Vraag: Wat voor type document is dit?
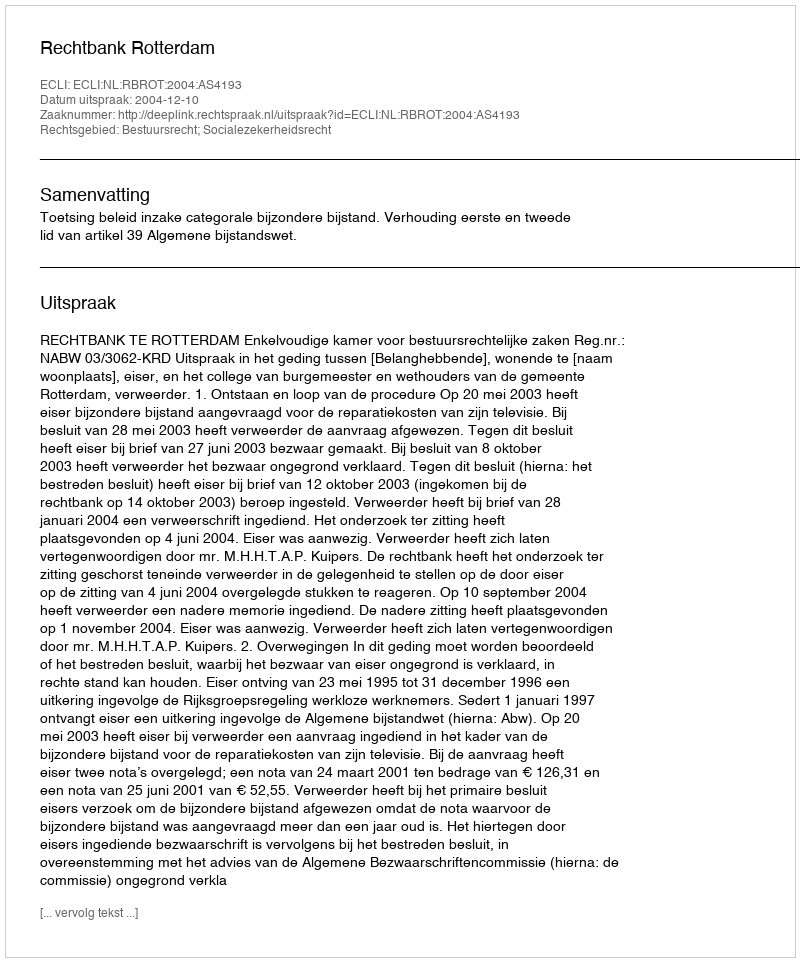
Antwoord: Uitspraak